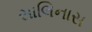
સાલિનાસ